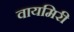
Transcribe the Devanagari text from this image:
वायमिरी